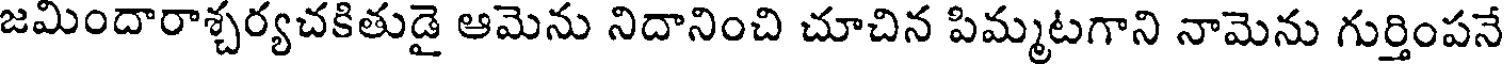
జమిందారాశ్చర్యచకితుడై ఆమెను నిదానించి చూచిన పిమ్మటగాని నామెను గుర్తింపనే